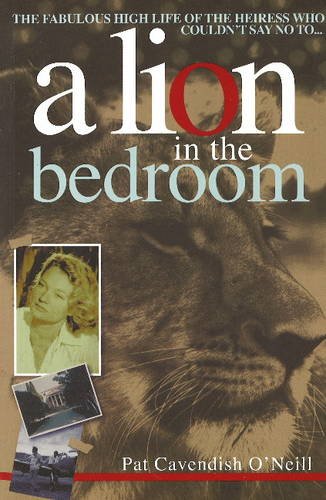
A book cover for Lion in the Bedroom; Pat Cavendish O'Neill; History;